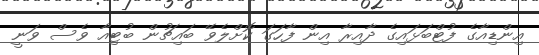
އިންޑިއާގެ ފުޓްބަޅައިގެ ދާއިރާ އިން ފާހަގަ ކޮށްލެވޭ ބައިޗުން ބުޓިއާ ވެސް ވަނީ